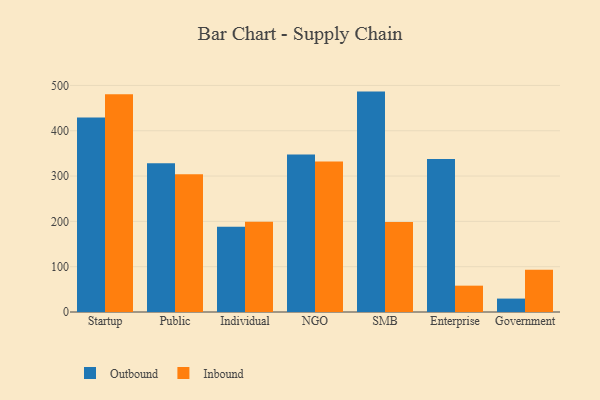
{"axis": {"x": "Segment", "y": "Humidity (%)"}, "legend": ["Inbound", "Outbound"], "data": [{"x": "Startup", "y": 429.1, "type": "Outbound"}, {"x": "Startup", "y": 480.3, "type": "Inbound"}, {"x": "Public", "y": 328.2, "type": "Outbound"}, {"x": "Public", "y": 304.1, "type": "Inbound"}, {"x": "Individual", "y": 188.1, "type": "Outbound"}, {"x": "Individual", "y": 199.3, "type": "Inbound"}, {"x": "NGO", "y": 347.8, "type": "Outbound"}, {"x": "NGO", "y": 332.2, "type": "Inbound"}, {"x": "SMB", "y": 486.4, "type": "Outbound"}, {"x": "SMB", "y": 198.6, "type": "Inbound"}, {"x": "Enterprise", "y": 337.4, "type": "Outbound"}, {"x": "Enterprise", "y": 58.1, "type": "Inbound"}, {"x": "Government", "y": 29.6, "type": "Outbound"}, {"x": "Government", "y": 93.0, "type": "Inbound"}]}